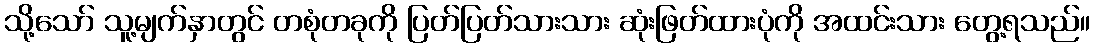
သို့သော် သူ့မျက်နှာတွင် တစုံတခုကို ပြတ်ပြတ်သားသား ဆုံးဖြတ်ထားပုံကို အထင်းသား တွေ့ရသည်။